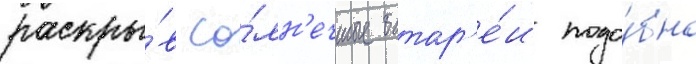
раскры́в со́лн'ечные батар'е́и подо́бно